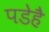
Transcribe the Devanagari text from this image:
पडेहै